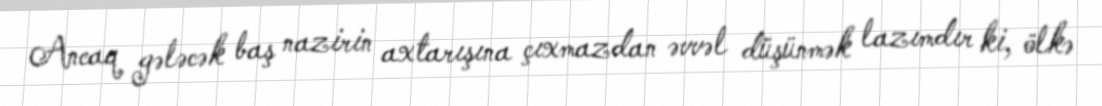
Ancaq gələcək baş nazirin axtarışına çıxmazdan əvvəl düşünmək lazımdır ki, ölkə